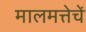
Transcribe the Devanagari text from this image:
मालमत्तेचें